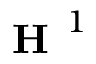
\textbf { H } ^ { 1 }